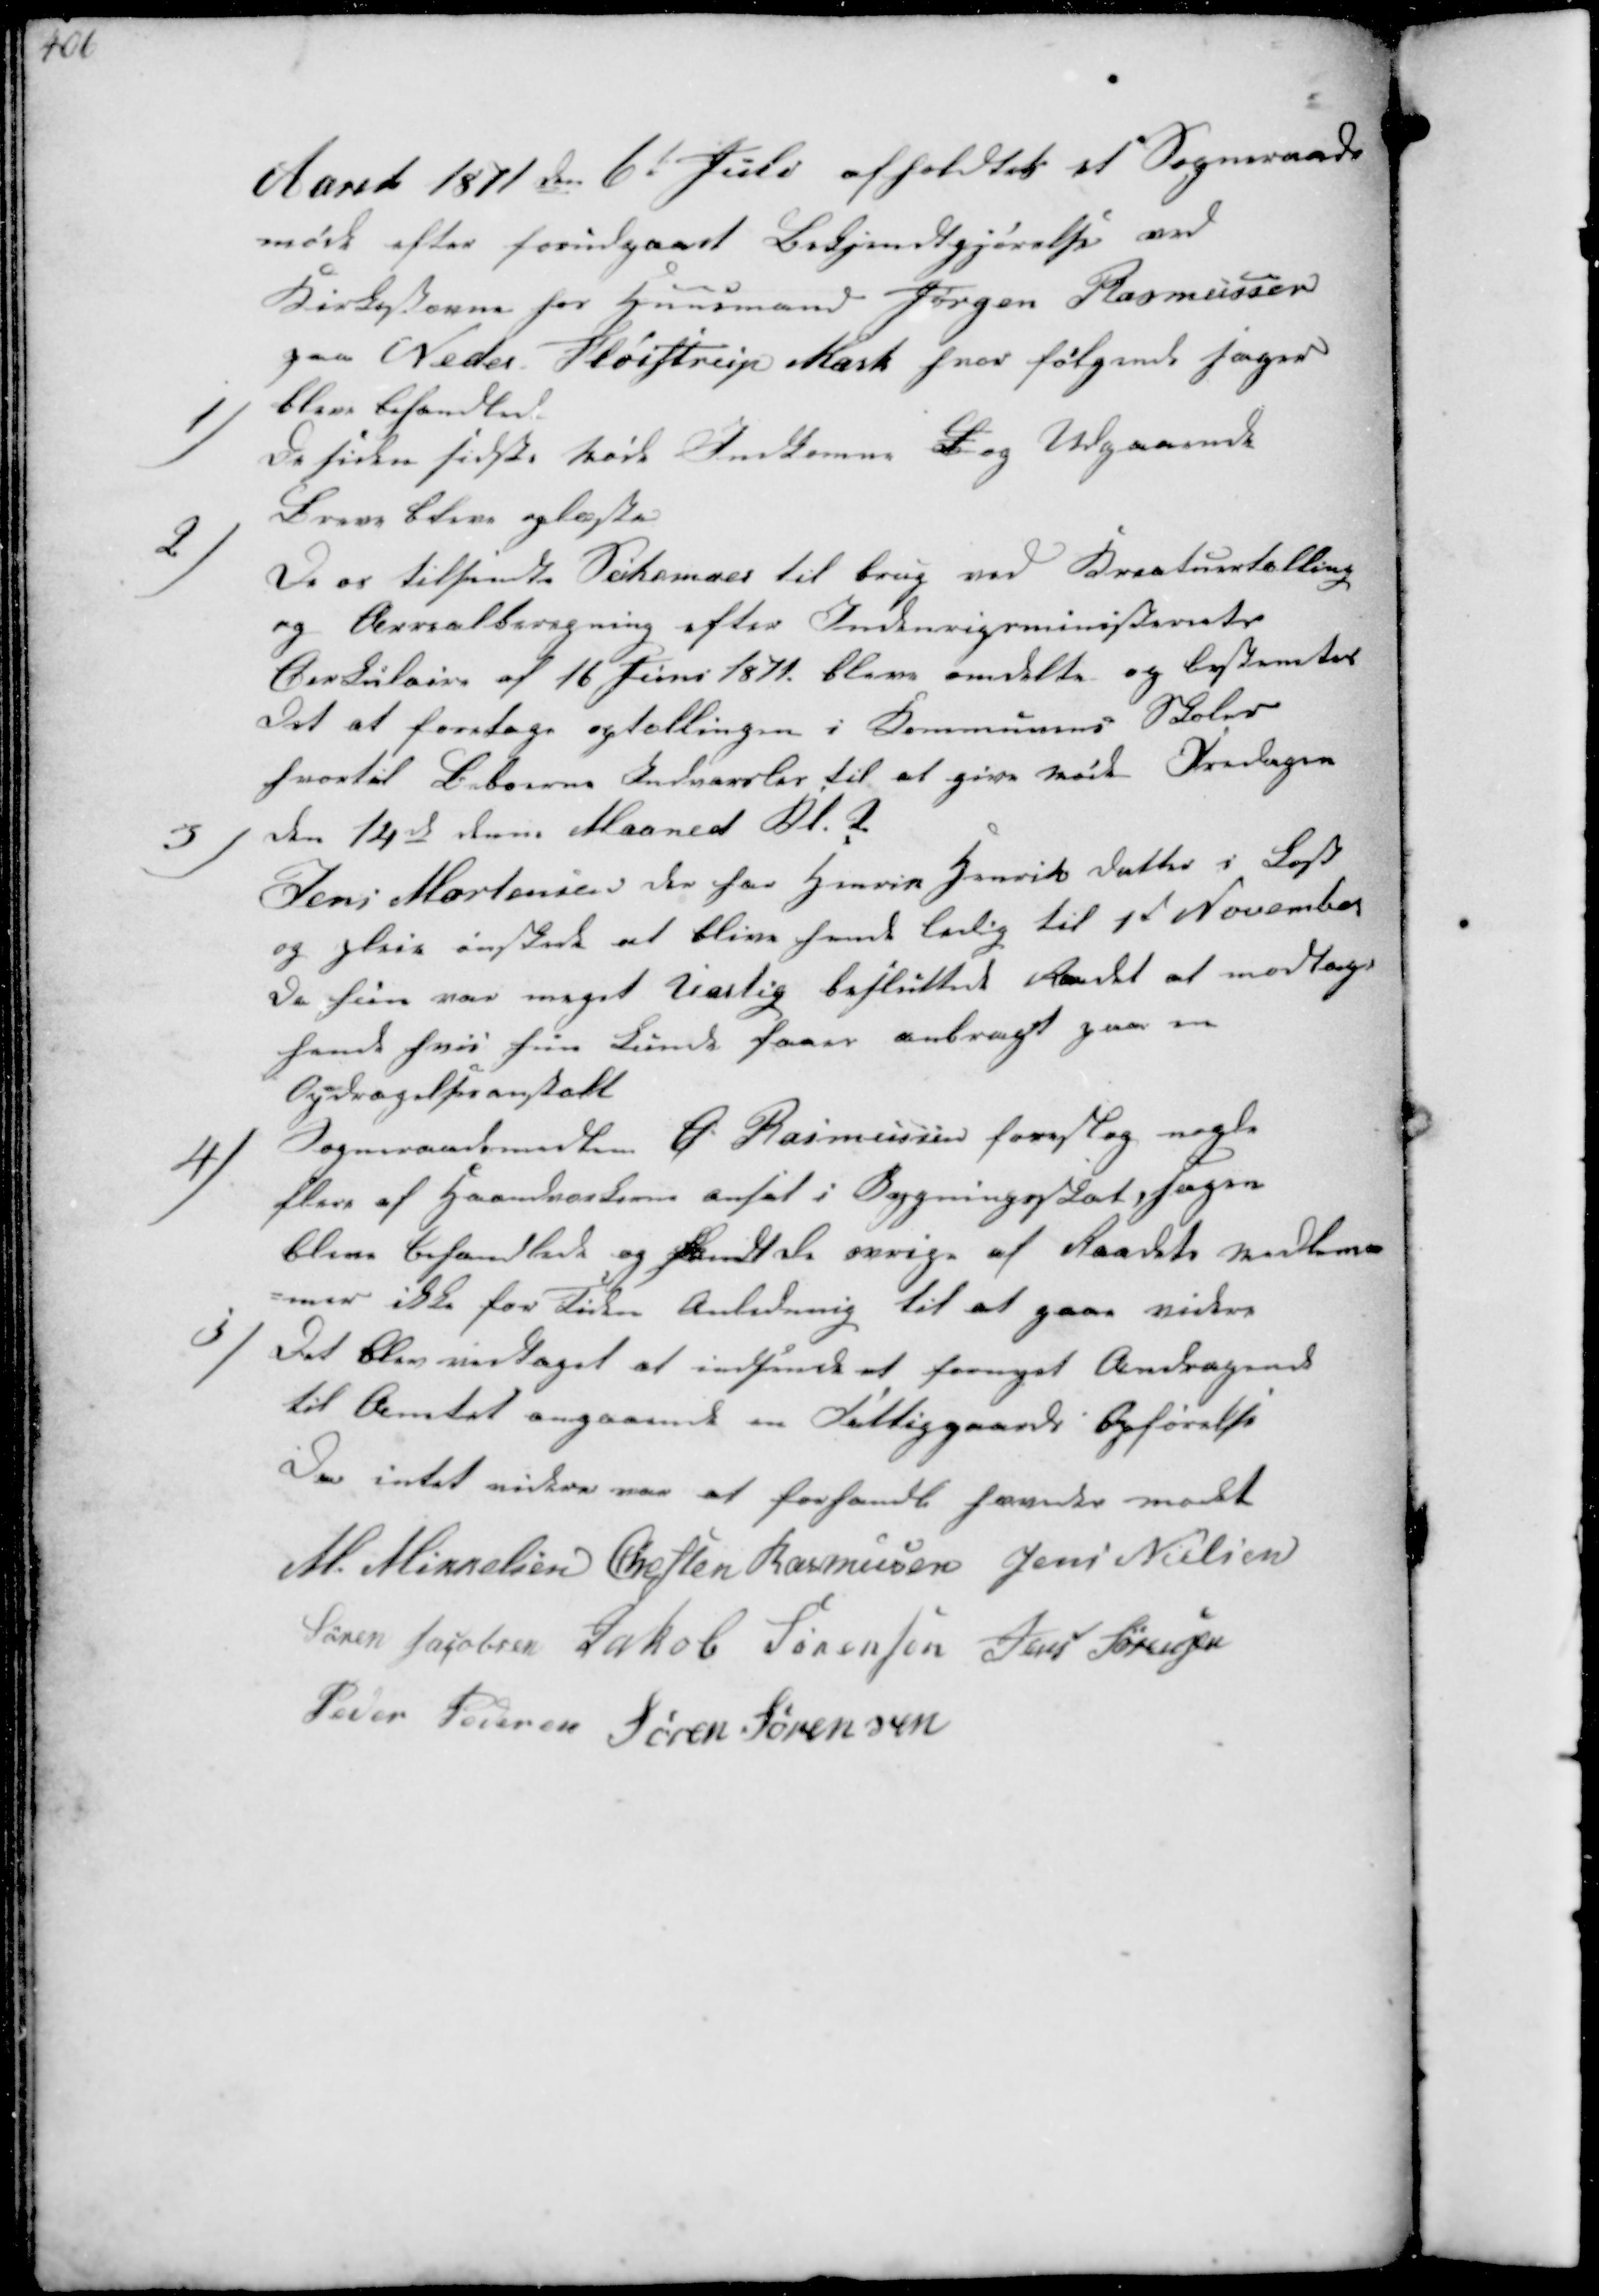
Transskription:
Aaret 1871 den 6te Juli afholdtes et Sogneraads-
møde efter forudgaaet Bekjendtgjørelse ved
Kirkestævne for Huusmand Jørgen Rasmussen
paa Neder Fløistrup Mark hvor følgende Sager

bleve behandlet
1/
de siden sidste Møde Indkomne og Udgaaende
Breve bleve oplæste

2/
De os tilsendte Skemaer til brug ved Kreaturtælling
og Arealberegning efter Indenrigsministeriets
Circulaire af 16 Juni 1871 bleve omdelte og bestemtes
det at foretage Optællingen i Kommunens Skoler
hvortil Beboerne Indvarsles til at give Møde Fredagen

den 14de denne Maaned Kl. 2
3/
Jens Mortensen der har Henrik Henriksdatter i Kost
og Pleie ønskede at blive hende ledig til 1st November
da hun var meget Uæarlig besluttede Raadet at modtage
hende hvis hun kunde faaes anbragt paa en
Opdragelsesanstalt

4/
Sogneraadsmedlem P. Rasmussen foreslog nogle
flere af Haandværkerne ansat i Bygningsskat, sagen
bleve behandled og fandt de øvrige af Raadets Medlem-

mer ikke for Tiden Anledning til at gaae videre
5/
Det blev vedtaget at indsende et fornyet Andragende
til Amtet angaaende en Fattiggaards Opførelse
Da intet videre var at forhandle hævedes Mødet
M. Mikkelsen Chresten Rasmussen Jens Nielsen
Søren Jacobsen Jakob Sørensen Jens Sørensen
Peder Pedersen Søren Sørensen